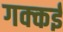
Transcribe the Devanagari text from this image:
गक्‍कई